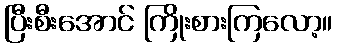
ပြီးစီးအောင် ကြိုးစားကြလော့။